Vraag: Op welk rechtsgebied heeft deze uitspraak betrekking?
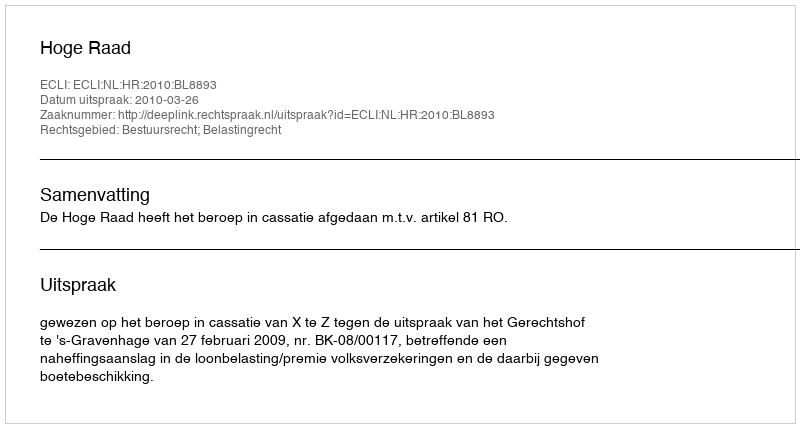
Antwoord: Bestuursrecht; Belastingrecht